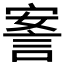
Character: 𰴴